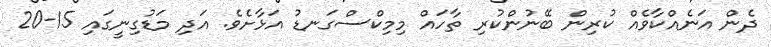
ދެން އަނެއްކާވެއް ކުރިން ބޭނުންކުރި ތާހައް މިމިކްސްގަނޑު އަޅާށެވެ. އަދި މަޑުގިނީގައި 15-20